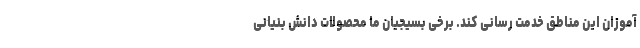
آموزان این مناطق خدمت رسانی کند. برخی بسیجیان ما محصولات دانش بنیانی